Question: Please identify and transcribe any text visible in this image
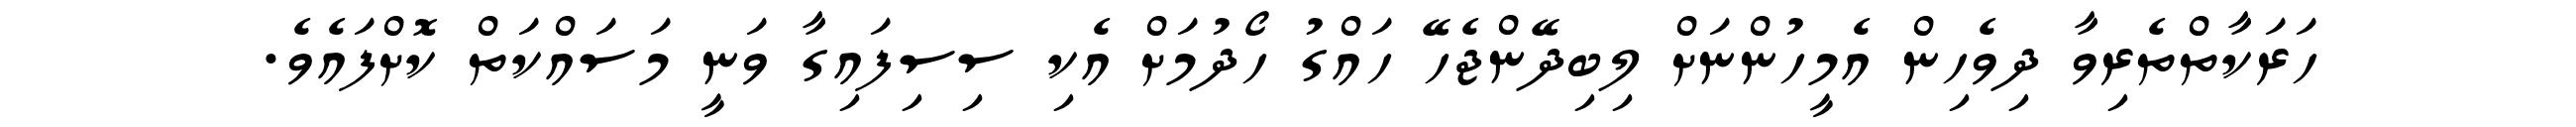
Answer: ހަރަކާތްތެރިވާ ދިވެހިން އެމީހުންނަށް ލިބިދޭންޖެހޭ ހައްގު ހޯދުމަށް އެކި ސިސިފައިގާ ވަނީ މަސައްކަތް ކޮށްފައެވެ.